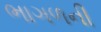
ભાગળની